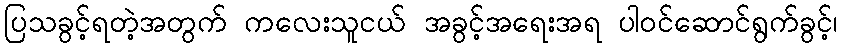
ပြသခွင့်ရတဲ့အတွက် ကလေးသူငယ် အခွင့်အရေးအရ ပါဝင်ဆောင်ရွက်ခွင့်၊